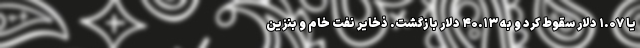
یا ۱.۰۷ دلار سقوط کرد و به ۴۰.۱۳ دلار بازگشت. ذخایر نفت خام و بنزین